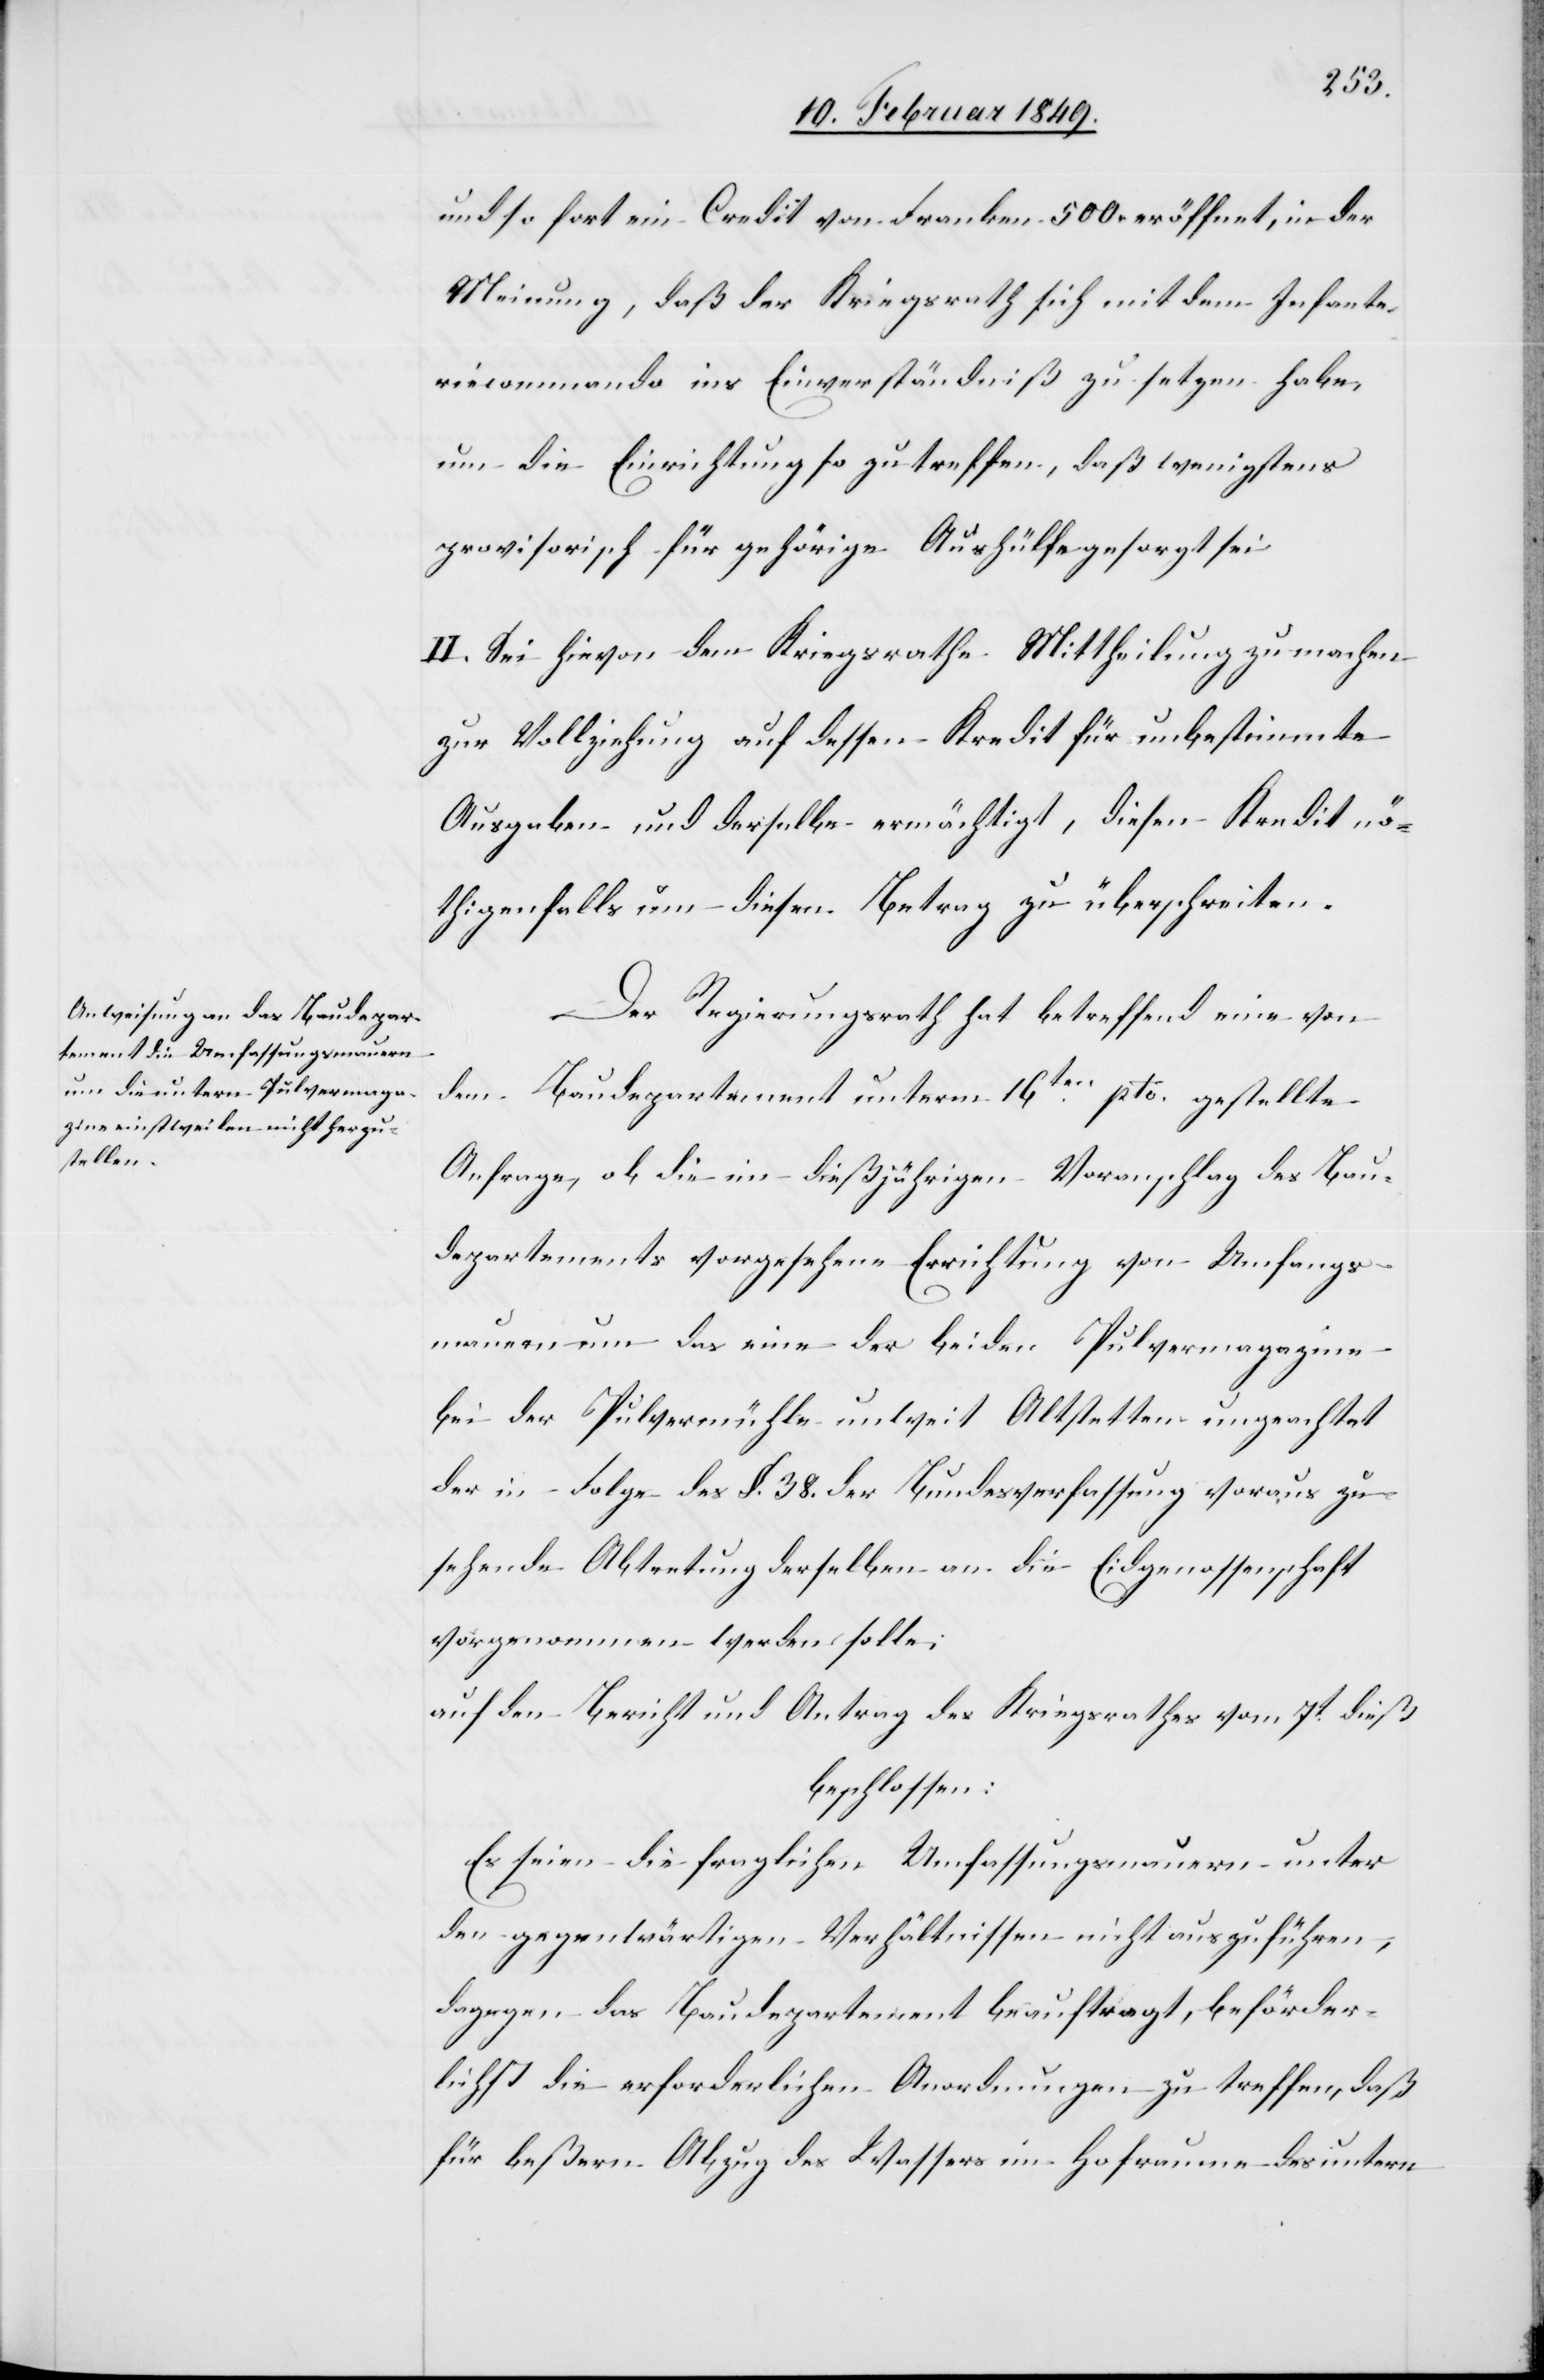
und so fort ein Credit von Franken 500. eröffnet, in der
Meinung, daß der Kriegsrath sich mit dem Infante¬
riecommando ins Einverständniß zu setzen habe,
um die Einrichtung so zu treffen, daß wenigstens
provisorisch für gehörige Aushülfe gesorgt sei.
II. Sei hievon dem Kriegsrathe Mittheilung zu machen
zur Vollziehung auf dessen Kredit für unbestimmte
Ausgaben und derselbe ermächtigt, diesen Kredit nö¬
thigenfalls um diesen Betrag zu überschreiten.
Der Regierungsrath hat betreffend eine von
dem Baudepartement unterm 16ten. pto. gestellte
Anfrage, ob die im dießjährigen Voranschlag des Bau¬
departements vorgesehene Errichtung von Umfangs¬
mauern um das eine der beiden Pulvermagazine
bei der Pulvermühle unweit Altstetten ungachtet
der in Folge des §. 38. der Bundesverfassung voraus zu
sehende Abtretung derselben an die Eidgenossenschaft
vorgenommen werden solle;
auf den Bericht und Antrag des Kriegsrathes vom 7t. dieß
beschlossen:
Es seien die fraglichen Umfassungsmauern unter
den gegenwärtigen Verhältnissen nicht auszuführen,
dagegen das Baudepartement beauftragt, beförder¬
lichst die erforderlichen Anordnungen zu treffen, daß
für beßern Abzug des Wassers im Hofraume des untern